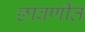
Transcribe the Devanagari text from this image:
छावणींत